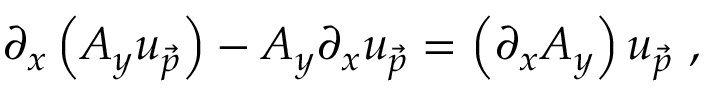
\partial _ { x } \left( A _ { y } u _ { \vec { p } } \right) - A _ { y } \partial _ { x } u _ { \vec { p } } = \left( \partial _ { x } A _ { y } \right) u _ { \vec { p } } ~ ,